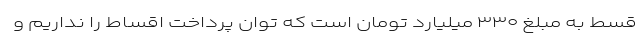
قسط به مبلغ ۳۳۰ میلیارد تومان است که توان پرداخت اقساط را نداریم و